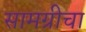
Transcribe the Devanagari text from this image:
सामग्रीचा